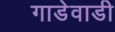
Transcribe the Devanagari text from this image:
गाडेवाडी